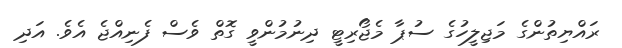
ރައްޔިތުންގެ މަޖިލީހުގެ ސުޕާ މެޖޯރިޓީ ދިނުމުންވީ ގޮތް ވެސް ފެނިއްޖެ އެވެ. އަދި